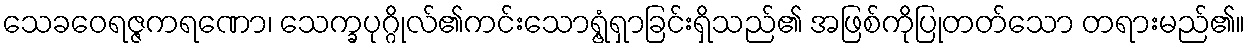
သေခဝေရဇ္ဇကရဏော၊ သေက္ခပုဂ္ဂိုလ်၏ကင်းသောရွံ့ရှာခြင်းရှိသည်၏ အဖြစ်ကိုပြုတတ်သော တရားမည်၏။